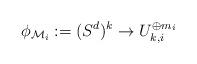
LaTeX: \begin{align*} \phi_{\mathcal{M}_i}:= (S^d)^k \rightarrow U_{k,i}^{\oplus m_i} \end{align*}